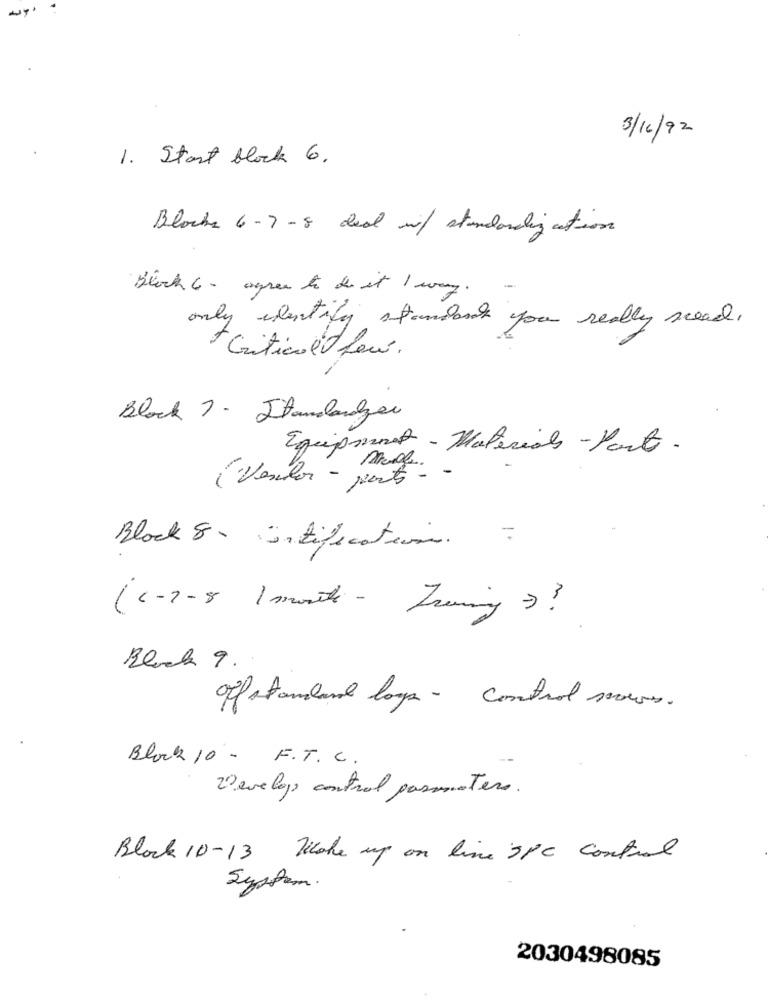
3/16/92
1. Start block 6.
Blocks 6-7-8 deal of standardin action
Block 6- agree to do it I way.
only identify standard y
you really need.
Critical few.
Block ?- Standarden
Equipment - Materials - Part.
( Vesulor - por
- parts -
Block 8- Entification
(c - 7-8 1 month - Trening ? ?
Offstandard loya- control serves.
Block 10 - F.T. C.
Develops control pasmanter.
Block 10-13 Woke up on line 3Pc control
System.
2030498085